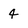
Character: 4